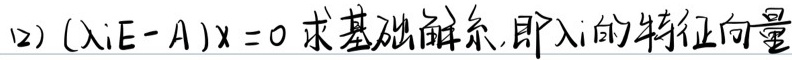
(2) 由\((\lambda_i E - A)x = 0\)求基础解系，即得\(\lambda_i\)的特征向量。